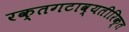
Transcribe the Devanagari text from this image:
रक्तगटाव्यतीरिक्त